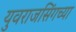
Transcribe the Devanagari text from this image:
युवराजसिंगच्या